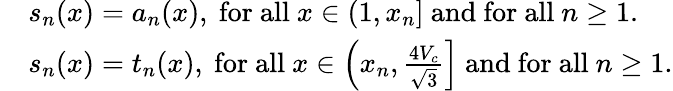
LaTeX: \begin{array}{rl}&{s_{n}(x)=a_{n}(x),~\mathrm{for~all}~x\in(1,x_{n}]~\mathrm{and~for~all}~n\geq 1.}\\ &{s_{n}(x)=t_{n}(x),~\mathrm{for~all}~x\in\left(x_{n},\frac{4V_{c}}{\sqrt{3}}\right]~\mathrm{and~for~all}~n\geq 1.}\end{array}